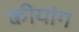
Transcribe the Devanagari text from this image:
क्वीयांग